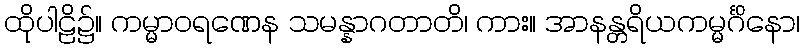
ထိုပါဠိ၌။ ကမ္မာဝရဏေန သမန္နာဂတာတိ၊ ကား။ အာနန္တရိယကမ္မင်္ဂိနော၊